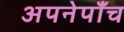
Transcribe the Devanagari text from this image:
अपनेपाँच